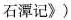
石潭记》)